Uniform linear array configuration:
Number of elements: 32
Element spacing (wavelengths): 0.25
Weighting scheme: uniform
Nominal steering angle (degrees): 45
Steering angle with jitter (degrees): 44.941
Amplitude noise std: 0.05
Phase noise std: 0.05

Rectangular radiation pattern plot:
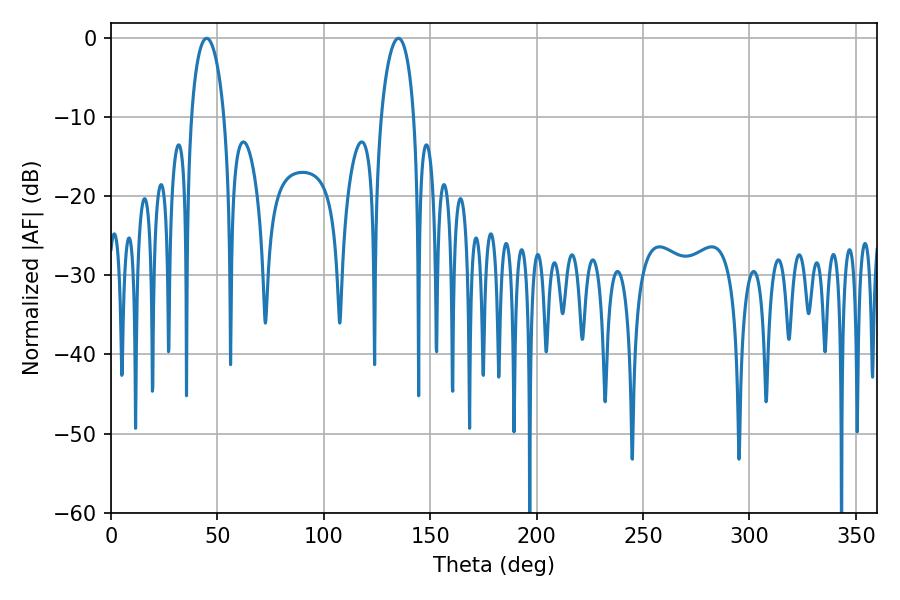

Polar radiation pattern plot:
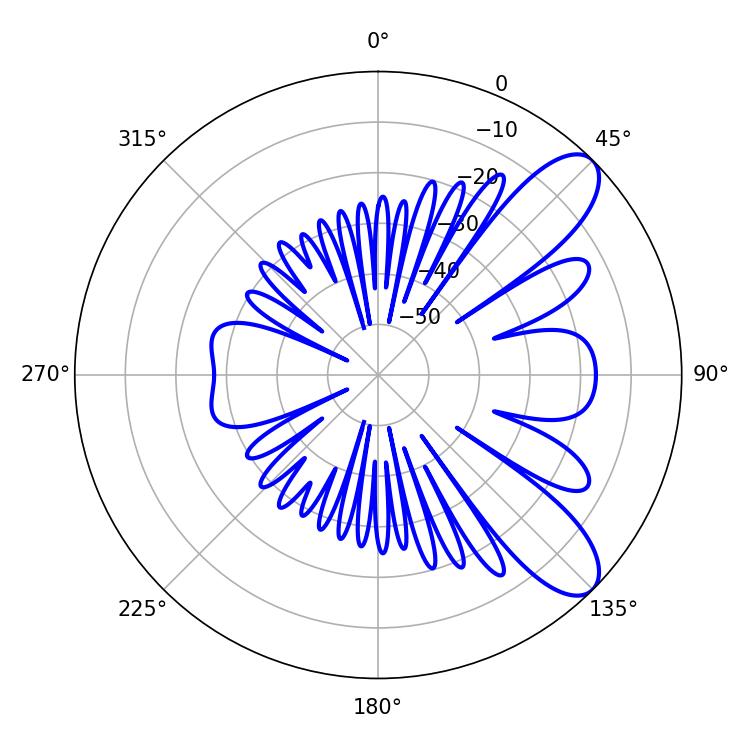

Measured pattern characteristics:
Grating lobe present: FALSE
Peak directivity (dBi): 9.037
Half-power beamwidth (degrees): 8.82
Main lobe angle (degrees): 45